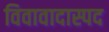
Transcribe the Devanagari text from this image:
विवावादास्पद